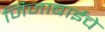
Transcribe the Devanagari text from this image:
जिजाबाईचे